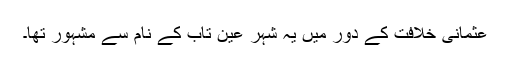
عثمانی خلافت کے دور میں یہ شہر عین تاب کے نام سے مشہور تھا۔